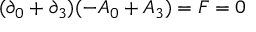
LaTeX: ( \partial _ { 0 } + \partial _ { 3 } ) ( - A _ { 0 } + A _ { 3 } ) = F = 0